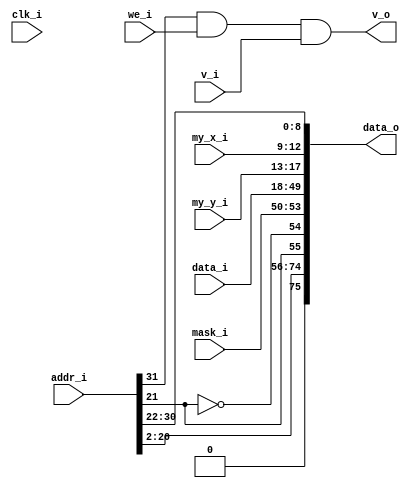
// This program was cloned from: https://github.com/NYU-MLDA/OpenABC
// License: BSD 3-Clause "New" or "Revised" License

module bsg_manycore_pkt_encode_x_cord_width_p4_y_cord_width_p5_data_width_p32_addr_width_p20
(
  clk_i,
  v_i,
  addr_i,
  data_i,
  mask_i,
  we_i,
  my_x_i,
  my_y_i,
  v_o,
  data_o
);

  input [31:0] addr_i;
  input [31:0] data_i;
  input [3:0] mask_i;
  input [3:0] my_x_i;
  input [4:0] my_y_i;
  output [75:0] data_o;
  input clk_i;
  input v_i;
  input we_i;
  output v_o;
  wire [75:0] data_o;
  wire v_o,N0;
  assign data_o[75] = 1'b0;
  assign data_o[74] = addr_i[20];
  assign data_o[73] = addr_i[19];
  assign data_o[72] = addr_i[18];
  assign data_o[71] = addr_i[17];
  assign data_o[70] = addr_i[16];
  assign data_o[69] = addr_i[15];
  assign data_o[68] = addr_i[14];
  assign data_o[67] = addr_i[13];
  assign data_o[66] = addr_i[12];
  assign data_o[65] = addr_i[11];
  assign data_o[64] = addr_i[10];
  assign data_o[63] = addr_i[9];
  assign data_o[62] = addr_i[8];
  assign data_o[61] = addr_i[7];
  assign data_o[60] = addr_i[6];
  assign data_o[59] = addr_i[5];
  assign data_o[58] = addr_i[4];
  assign data_o[57] = addr_i[3];
  assign data_o[56] = addr_i[2];
  assign data_o[8] = addr_i[30];
  assign data_o[7] = addr_i[29];
  assign data_o[6] = addr_i[28];
  assign data_o[5] = addr_i[27];
  assign data_o[4] = addr_i[26];
  assign data_o[3] = addr_i[25];
  assign data_o[2] = addr_i[24];
  assign data_o[1] = addr_i[23];
  assign data_o[0] = addr_i[22];
  assign data_o[53] = mask_i[3];
  assign data_o[52] = mask_i[2];
  assign data_o[51] = mask_i[1];
  assign data_o[50] = mask_i[0];
  assign data_o[49] = data_i[31];
  assign data_o[48] = data_i[30];
  assign data_o[47] = data_i[29];
  assign data_o[46] = data_i[28];
  assign data_o[45] = data_i[27];
  assign data_o[44] = data_i[26];
  assign data_o[43] = data_i[25];
  assign data_o[42] = data_i[24];
  assign data_o[41] = data_i[23];
  assign data_o[40] = data_i[22];
  assign data_o[39] = data_i[21];
  assign data_o[38] = data_i[20];
  assign data_o[37] = data_i[19];
  assign data_o[36] = data_i[18];
  assign data_o[35] = data_i[17];
  assign data_o[34] = data_i[16];
  assign data_o[33] = data_i[15];
  assign data_o[32] = data_i[14];
  assign data_o[31] = data_i[13];
  assign data_o[30] = data_i[12];
  assign data_o[29] = data_i[11];
  assign data_o[28] = data_i[10];
  assign data_o[27] = data_i[9];
  assign data_o[26] = data_i[8];
  assign data_o[25] = data_i[7];
  assign data_o[24] = data_i[6];
  assign data_o[23] = data_i[5];
  assign data_o[22] = data_i[4];
  assign data_o[21] = data_i[3];
  assign data_o[20] = data_i[2];
  assign data_o[19] = data_i[1];
  assign data_o[18] = data_i[0];
  assign data_o[17] = my_y_i[4];
  assign data_o[16] = my_y_i[3];
  assign data_o[15] = my_y_i[2];
  assign data_o[14] = my_y_i[1];
  assign data_o[13] = my_y_i[0];
  assign data_o[12] = my_x_i[3];
  assign data_o[11] = my_x_i[2];
  assign data_o[10] = my_x_i[1];
  assign data_o[9] = my_x_i[0];
  assign data_o[54] = ~data_o[55];
  assign data_o[55] = addr_i[21];
  assign v_o = N0 & v_i;
  assign N0 = addr_i[31] & we_i;

endmodule